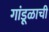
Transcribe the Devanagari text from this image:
गांडूळाची